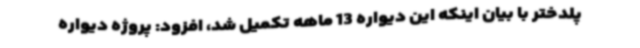
پلدختر با بیان اینکه این دیواره 13 ماهه تکمیل شد، افزود: پروژه دیواره